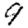
Digit: 9